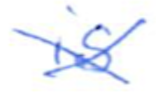
Text: is
Cross-out: cross
Writing tool: ballpoint